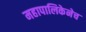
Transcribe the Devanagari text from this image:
महापालिकेनेच